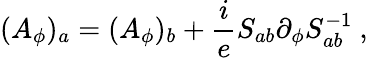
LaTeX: (A_{\phi})_{a}=(A_{\phi})_{b}+\frac ieS_{ab}\partial_{\phi}S_{ab}^{-1}\ ,